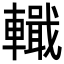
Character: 𨎵